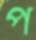
প